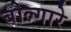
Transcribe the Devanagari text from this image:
बोल्गारे